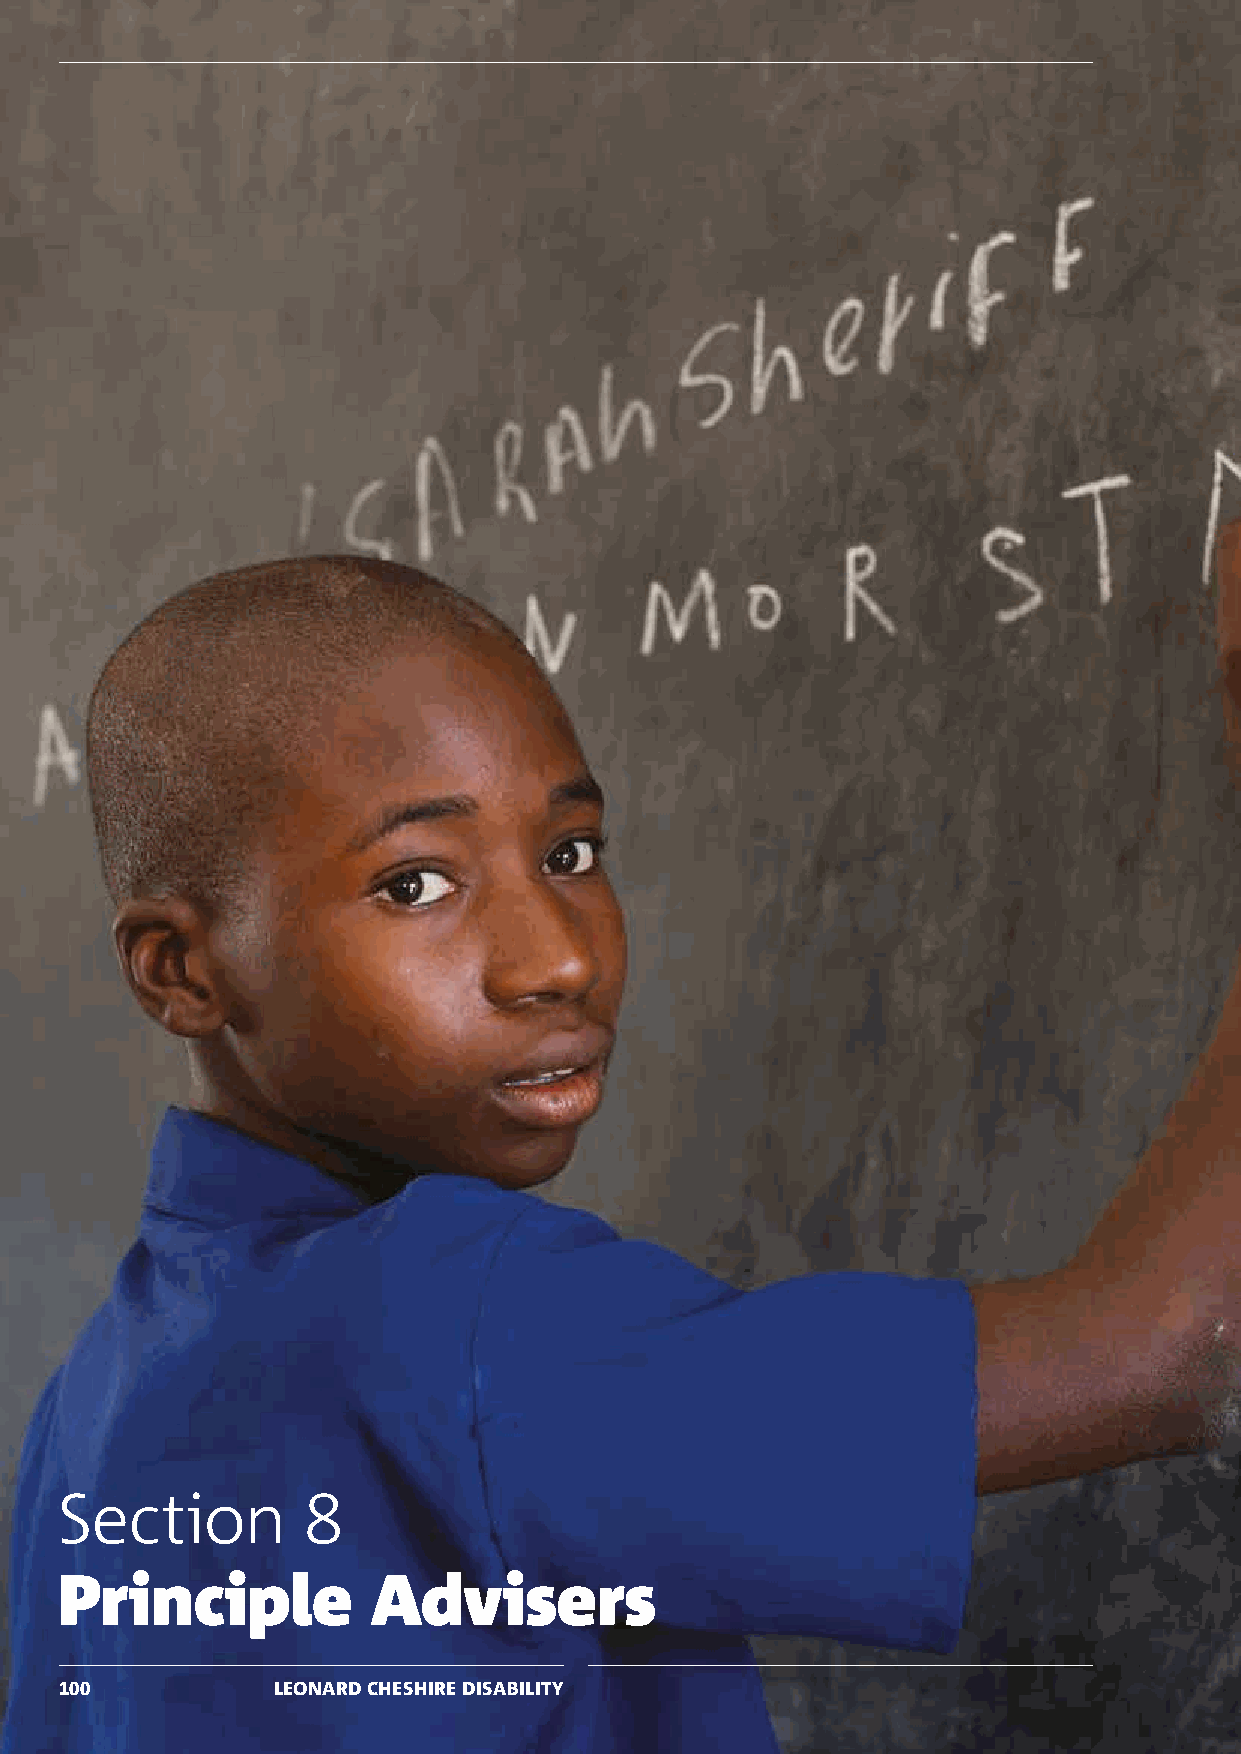
SECTION 0: SECTION HEADING SECTION SUB HEADING
 Section         8
 Principle            Advisers
 110000        LLEEOONNAARRDD CCHHEESSHHIIRREE DDIISSAABBIILLIITTYY